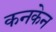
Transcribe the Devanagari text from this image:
कनकेन